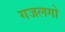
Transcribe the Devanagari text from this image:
गजलगो